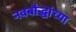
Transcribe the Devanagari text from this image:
नवबौद्धांच्या